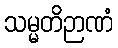
သမ္မတိဉာဏံ